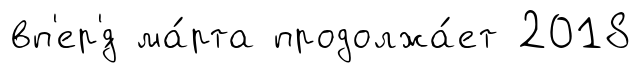
вп'ер'́д ма́рта продолжа́ет 2018